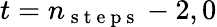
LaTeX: t=n_{\mathrm{~s~t~e~p~s~}}-2,0